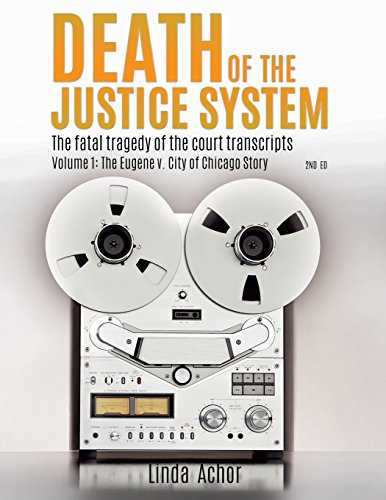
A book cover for Death of the Justice System; Linda Achor; Law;